画像に写った文字を読んでください
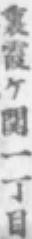
「裏霞ケ関一丁目」と書いてあります